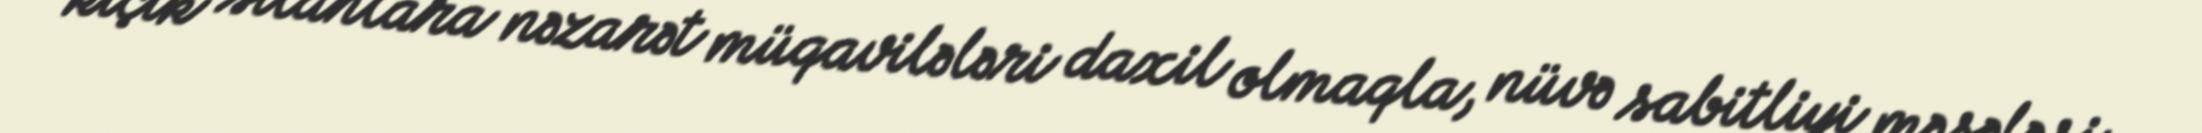
kiçik silahlara nəzarət müqavilələri daxil olmaqla, nüvə sabitliyi məsələsi